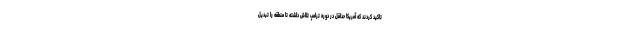
تاکید کردند که آمریکا حداقل در دوره ترامپ تلاش داشته تا منطقه را تبدیل